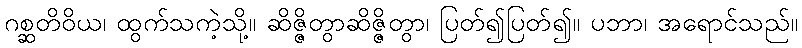
ဂစ္ဆတိဝိယ၊ ထွက်သကဲ့သို့။ ဆိဇ္ဇိတွာဆိဇ္ဇိတွာ၊ ပြတ်၍ပြတ်၍။ ပဘာ၊ အရောင်သည်။